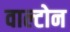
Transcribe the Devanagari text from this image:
वाल्टोन